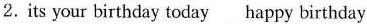
2.its your birthday today happy birthday